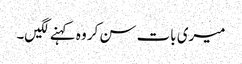
میری بات سن کر وہ کہنے لگیں۔